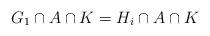
LaTeX: \begin{align*}G_1\cap A\cap K = H_i\cap A\cap K\end{align*}